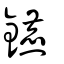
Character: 鑣